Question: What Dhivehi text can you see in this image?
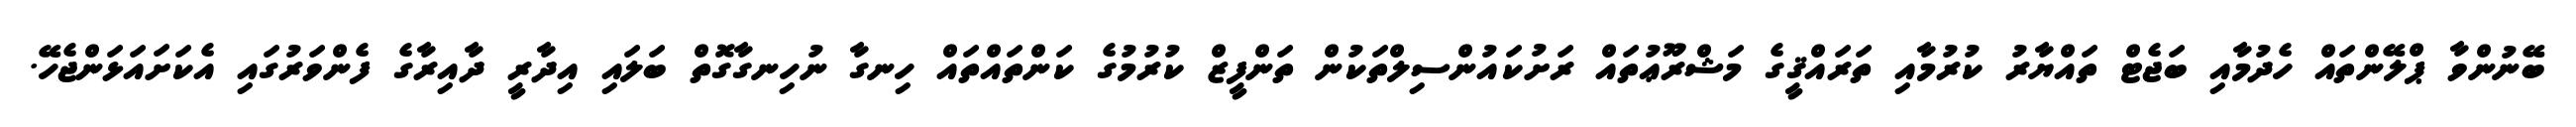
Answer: ބޭނުންވާ ޕްލޭންތައް ހެދުމާއި ބަޖެޓް ތައްޔާރު ކުރުމާއި ތަރައްޤީގެ މަޝްރޫޢުތައް ރަށުކައުންސިލްތަކުން ތަންފީޒް ކުރުމުގެ ކަންތައްތައް ހިނގާ ނުހިނގާގޮތް ބަލައި އިދާރީ ދާއިރާގެ ފެންވަރުގައި އެކަށައަޅަންޖެހޭ.